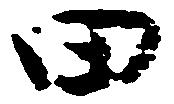
田